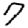
Digit: 7